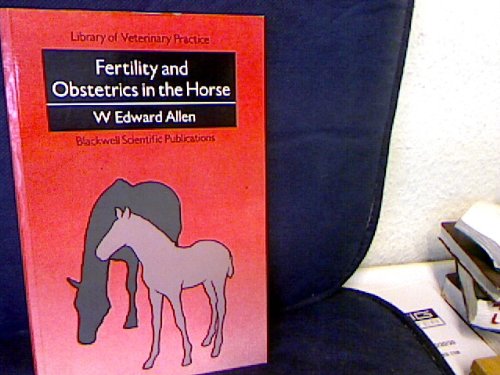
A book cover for Fertility and Obstetrics in the Horse (Library of Veterinary Practice); W.Edward Allen; Medical Books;